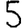
Digit: 5